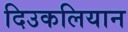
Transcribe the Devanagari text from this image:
दिउकलियान